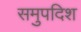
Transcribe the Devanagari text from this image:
समुपदिश